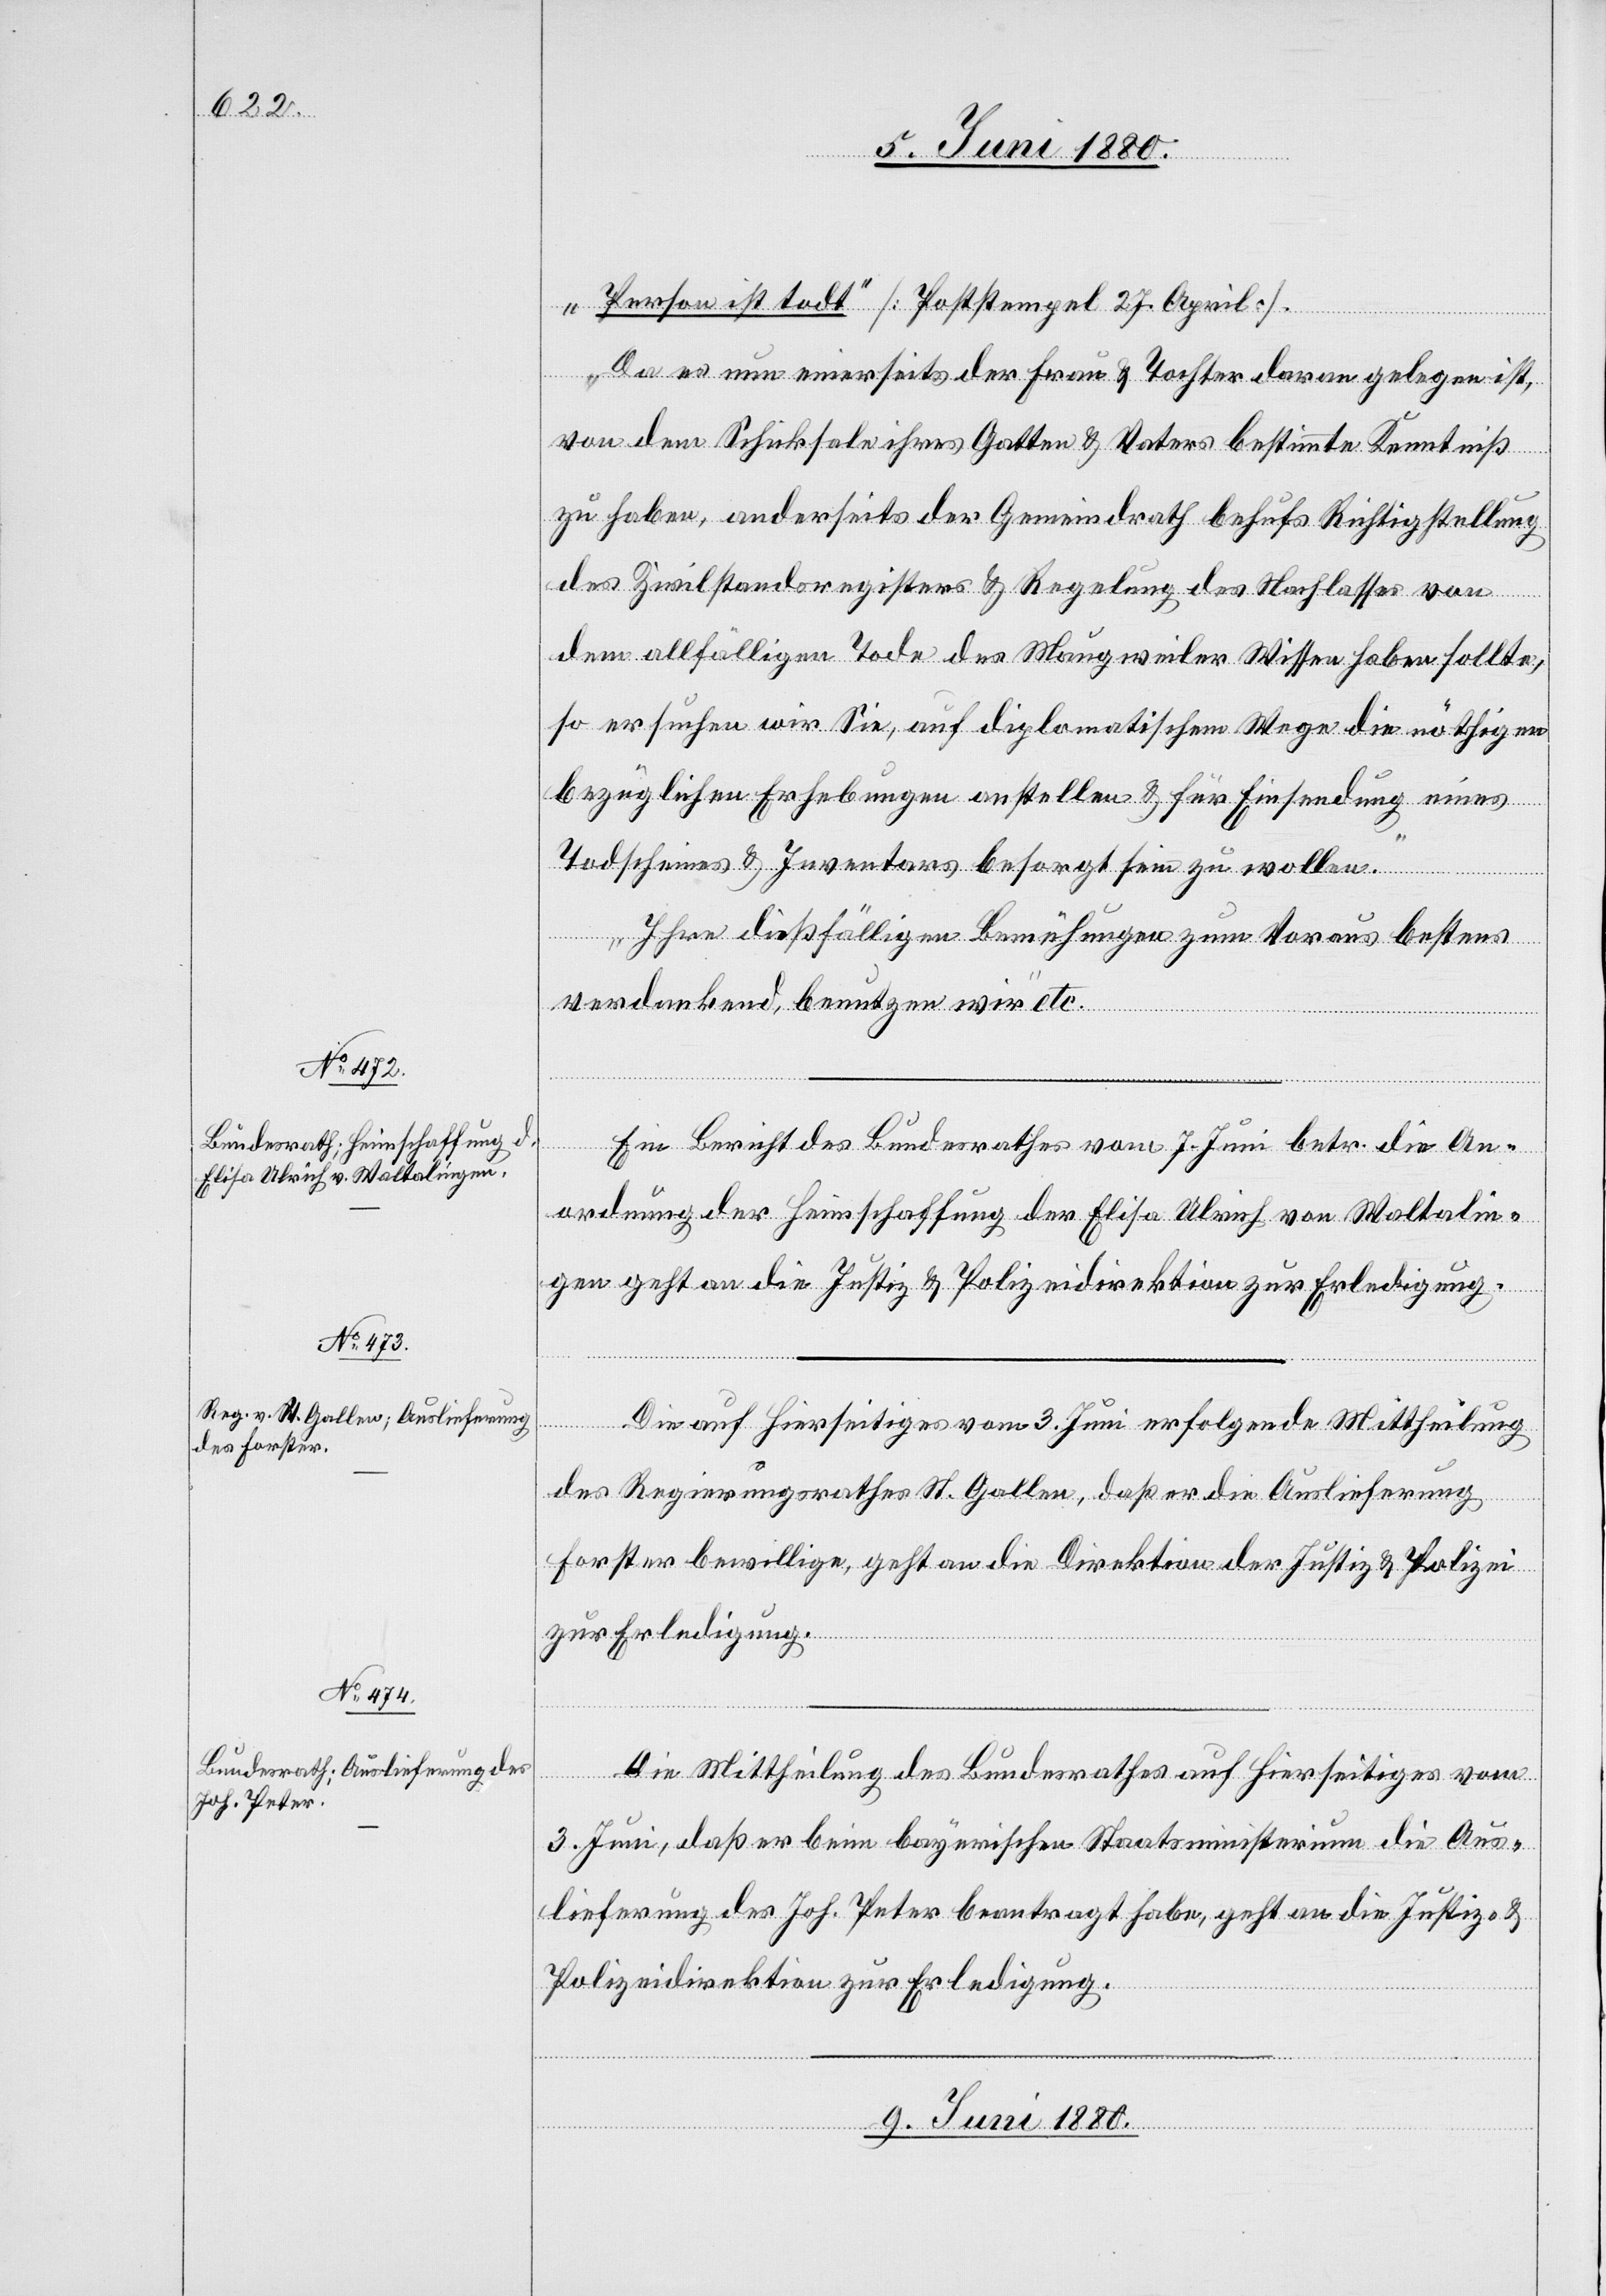
8. Juni 1880.]
„Person ist todt.“ [Poststempel 27. April].
Da es nun einerseits der Frau & Tochter daran gelegen ist,
von dem Schicksale ihres Gatten & Vaters bestimmte Kenntniß
zu haben, anderseits der Gemeindrath behufs Richtigstellung
des Zivilstandsregisters & Regelung des Nachlasses von
dem allfälligen Tode des Maugweiler Wissen haben sollte,
so ersuchen wir Sie, auf diplomatischem Wege die nöthigen
bezüglichen Erhebungen anstellen & für Einsendung eines
Todscheines & Inventars besorgt sein zu wollen.
Ihre dießfälligen Bemühungen zum Voraus bestens
verdankend, benutzen wir“ etc.
Ein Bericht des Bundesrathes vom 7. Juni betr. die An¬
ordnung der Heimschaffung der Elisa Ulrich von Waltalin¬
ge, geht an die Justiz- & Polizeidirektion zur Erledigung.
Die auf hierseitiges vom 3. Juni erfolgende Mittheilung
des Regierungsrathes St. Gallen, daß er die Auslieferung
li¬
Die Mittheilung des Bundesrathes auf hierseitiges vom
3. Juni, daß er beim bayerischen Staatsministerium die Aus¬
lieferung des Joh. Peter beantragt habe, geht an die Justiz- &
Polizeidirektion zur Erledigung.
9. Juni 1880.